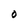
Character: O